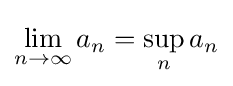
\lim _{n\to \infty }a_{n}=\sup _{n}a_{n}